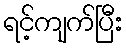
ရင့်ကျက်ပြီး